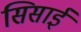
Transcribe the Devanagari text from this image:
सिसाई